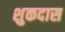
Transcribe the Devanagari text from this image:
शुकदास